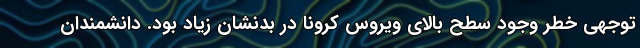
توجهی خطر وجود سطح بالای ویروس کرونا در بدنشان زیاد بود. دانشمندان